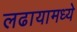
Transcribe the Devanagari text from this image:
लढायामध्ये